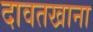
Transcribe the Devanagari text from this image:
दावतखाना